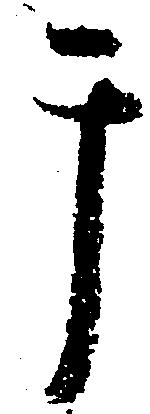
テ